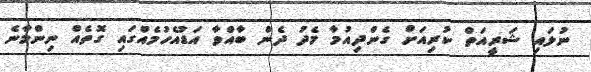
ނުލައި ޝަރީއަތް ކުރިއަށް ގެންދިއުމާ މެދު ދެން ބާއްވާ އަޑުއެހުމެއްގައި ގޮތެއް ނިންމާނެ